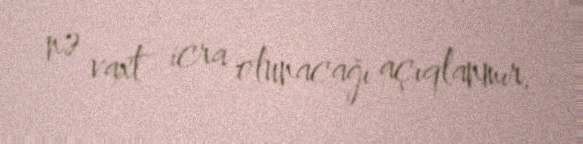
nə vaxt icra olunacağı açıqlanmır.